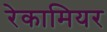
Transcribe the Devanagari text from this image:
रेकामियर